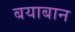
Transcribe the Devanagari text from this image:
बयाबान